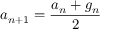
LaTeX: a _ { n + 1 } = { \frac { a _ { n } + g _ { n } } { 2 } }